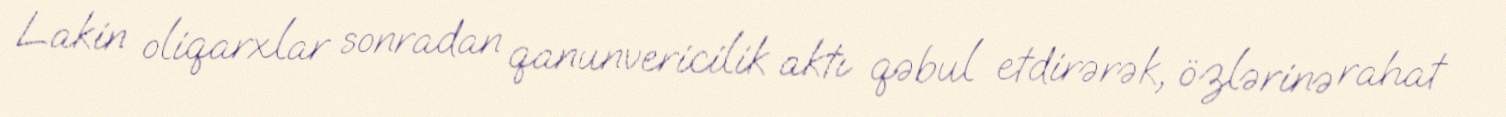
Lakin oliqarxlar sonradan qanunvericilik aktı qəbul etdirərək, özlərinə rahat